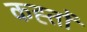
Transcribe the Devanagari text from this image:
कह्तों